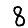
Digit: 8